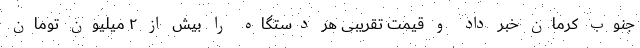
جنوب کرمان خبر داد و قیمت تقریبی هر دستگاه را بیش از ۲ میلیون تومان